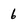
Character: 6